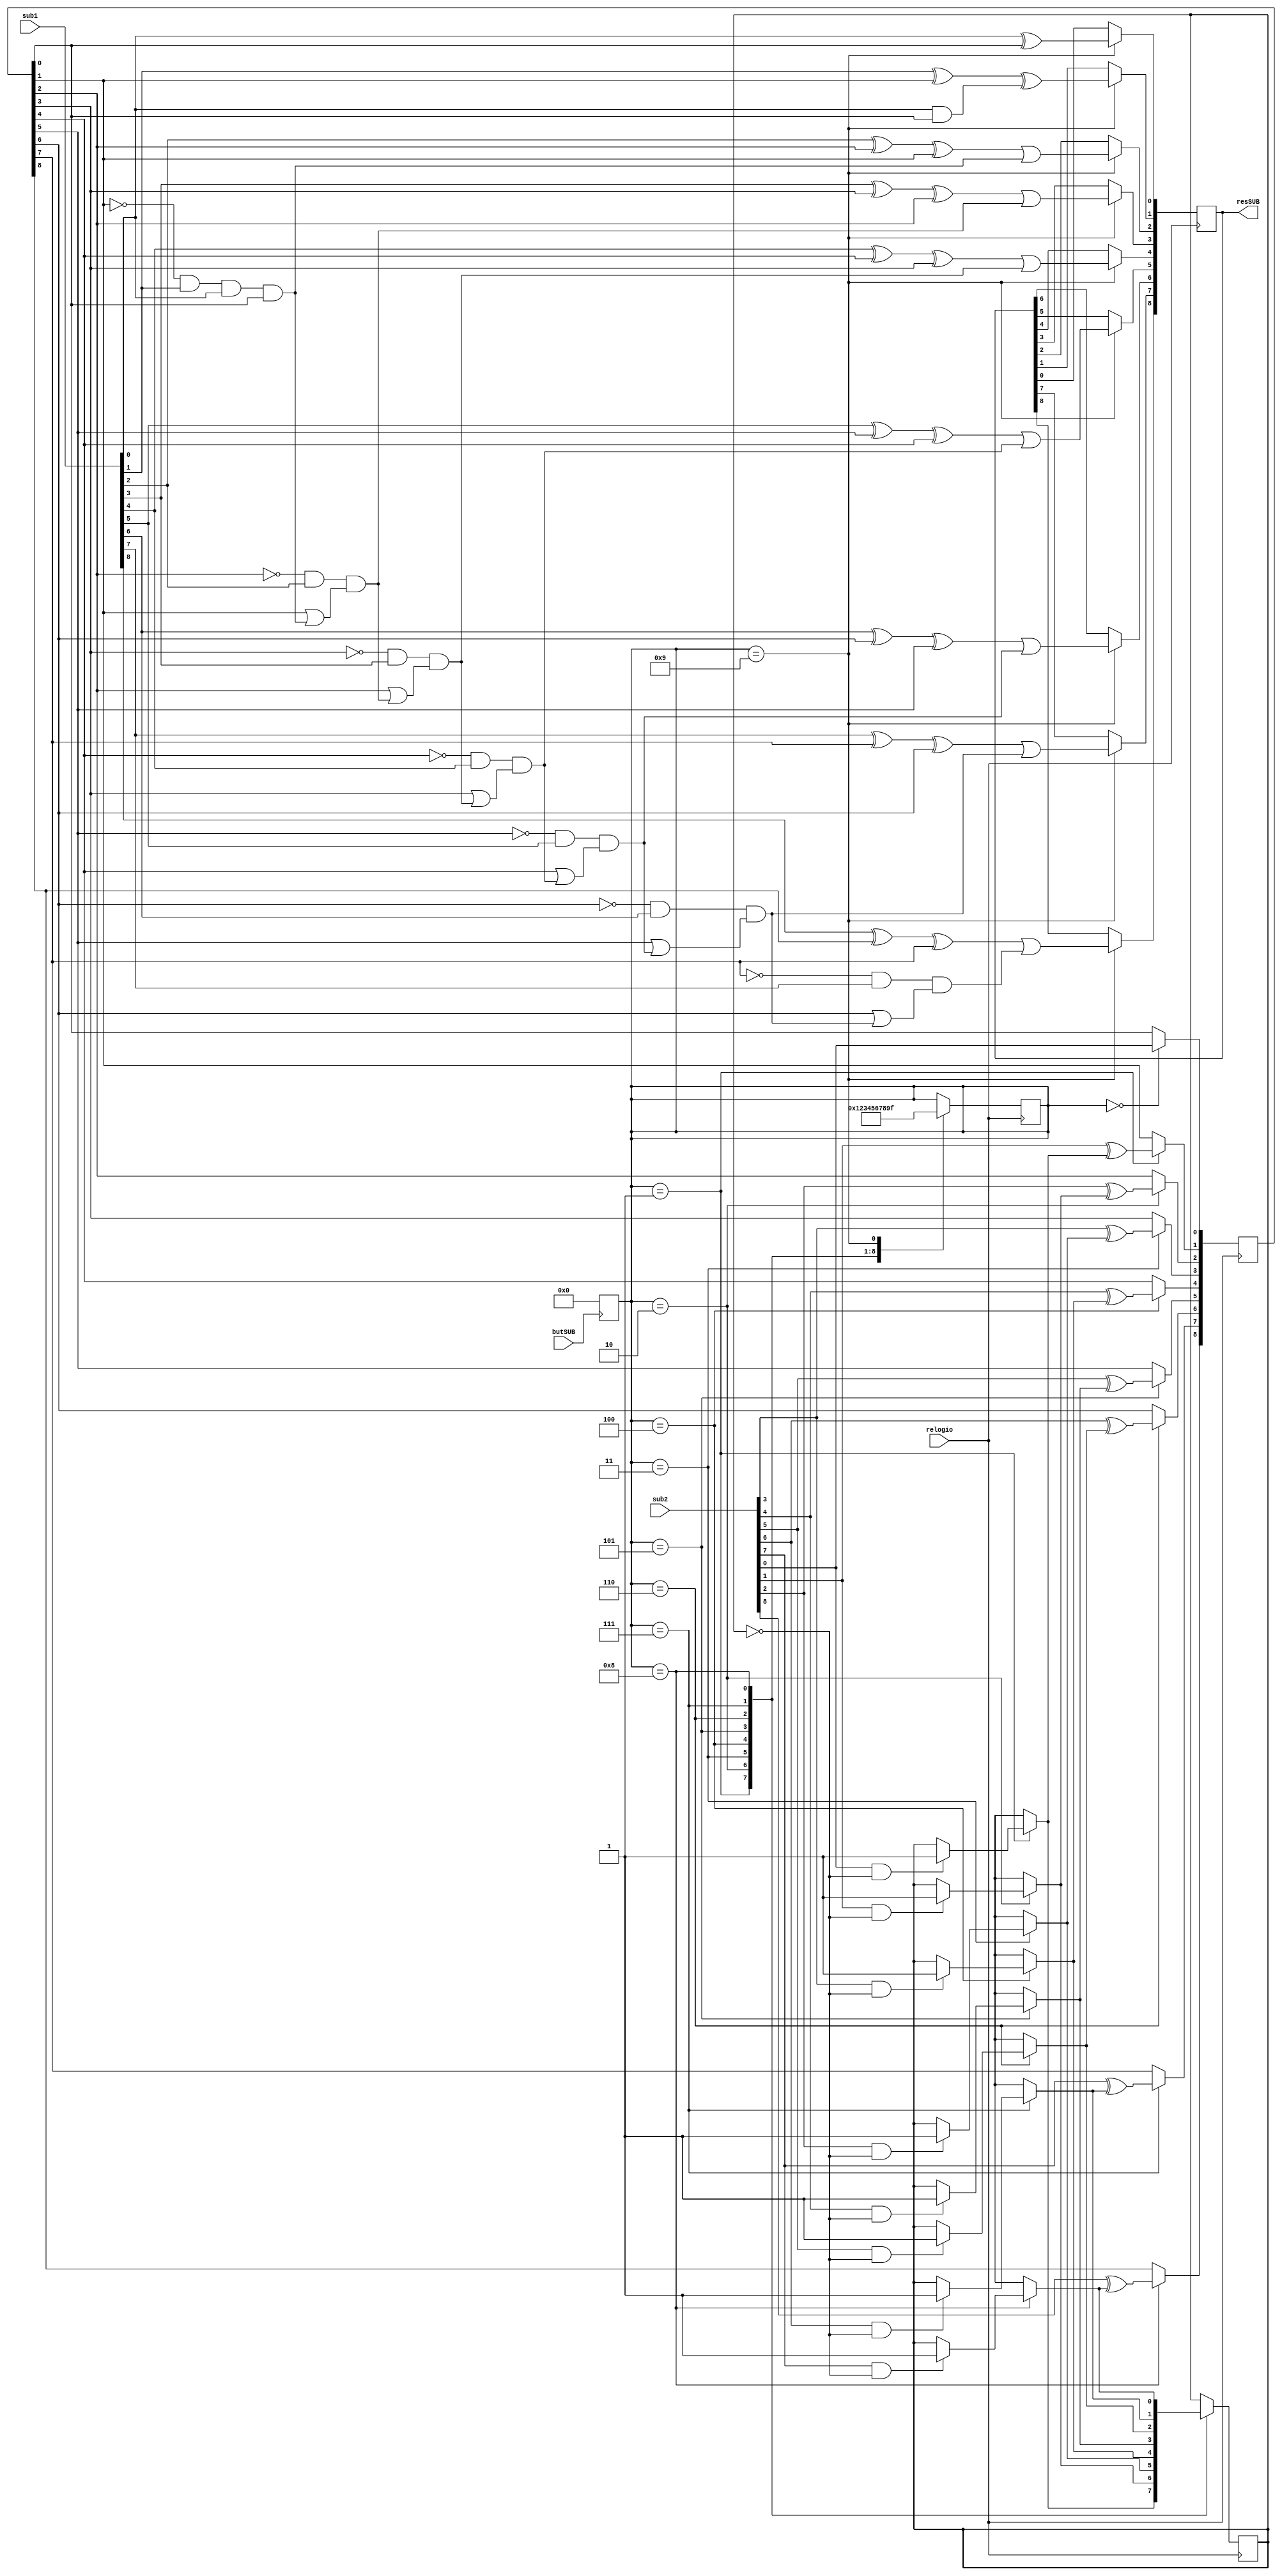
`timescale 1ns / 1ps
//////////////////////////////////////////////////////////////////////////////////
// Company: Caldeira & Silva Lda.
// 
// Design Name: 
// Module Name:    Subtraccao
// Project Name: Calculadora Simples
// Target Devices: 
// Tool versions: 
// Description: Modulo que efectua SUBTRACCAO de 2 binarios de 8 bits
// (+1 pendurado para evitar overflow) em Two's Complement
//
// Dependencies: 
//
// Revision: 
// Revision 0.01 - File Created
// Additional Comments: 
//
//////////////////////////////////////////////////////////////////////////////////
module Subtraction(sub1,sub2,butSUB,relogio,resSUB);

	input [8:0] sub1; 			//primeiro numero
	input [8:0] sub2; 			//segundo numero
	input butSUB; 					//botao de subtraccao
	input relogio;
	
	output [8:0] resSUB;			//resultado da subtraccao

	reg [8:0] resSUB;
	reg [8:0] bneg;
	
	parameter ha1true=1'b1;
	parameter ha1false=1'b0;
	
	reg ha1 = ha1false;

	parameter state0	= 4'b1111;
	parameter state1  = 4'b0000;
   parameter state2  = 4'b0001;
   parameter state3  = 4'b0010;
   parameter state4  = 4'b0011;
   parameter state5  = 4'b0100;
   parameter state6  = 4'b0101;
   parameter state7  = 4'b0110;
   parameter state8  = 4'b0111;
   parameter state9  = 4'b1000;
	parameter state10 = 4'b1001;

   reg [3:0] state = state0;	

	always @ (negedge butSUB)		//sempre que o botao subtraccao e' carregado
	begin

	state = state1;

	end
	
   always@(posedge relogio)
	begin

        case (state)
            state1 : begin

		bneg[0] = sub2[0];

		state = state2;
            end
            state2 : begin
				
		if (sub2[0] == 1'b1 & ha1 == ha1false)
		begin
	
		ha1 = ha1true;
		
		end
 
		bneg[1] = sub2[1] ^ ha1; //xor dos do bit e do ha1

		state = state3;		
            end
            state3 : begin
				
		if (sub2[1] == 1'b1 & ha1 == ha1false)
		begin
	
		ha1 = ha1true;
		
		end
 
		bneg[2] = sub2[2] ^ ha1; //xor dos do bit e do ha1

		state = state4;		
            end
            state4 : begin
				
		if (sub2[2] == 1'b1 & ha1 == ha1false)
		begin
	
		ha1 = ha1true;
		
		end
 
		bneg[3] = sub2[3] ^ ha1; //xor dos do bit e do ha1

		state = state5;		
            end
            state5 : begin
				
		if (sub2[3] == 1'b1 & ha1 == ha1false)
		begin
	
		ha1 = ha1true;
		
		end
 
		bneg[4] = sub2[4] ^ ha1; //xor dos do bit e do ha1

		state = state6;		
            end
            state6 : begin
				
		if (sub2[4] == 1'b1 & ha1 == ha1false)
		begin
	
		ha1 = ha1true;
		
		end
 
		bneg[5] = sub2[5] ^ ha1; //xor dos do bit e do ha1

		state = state7;		
            end
            state7 : begin
				
		if (sub2[5] == 1'b1 & ha1 == ha1false)
		begin
	
		ha1 = ha1true;
		
		end
 
		bneg[6] = sub2[6] ^ ha1; //xor dos do bit e do ha1

		state = state8;		
            end
            state8 : begin
				
		if (sub2[6] == 1'b1 & ha1 == ha1false)
		begin
	
		ha1 = ha1true;
		
		end
 
		bneg[7] = sub2[7] ^ ha1; //xor dos do bit e do ha1

		state = state9;		
            end
            state9 : begin
				
		if (sub2[7] == 1'b1 & ha1 == ha1false)
		begin
	
		ha1 = ha1true;
		
		end
 
		bneg[8] = sub2[8] ^ ha1; //xor dos do bit e do ha1

		state = state10;		
        end
            state10 : begin

   resSUB[0] = sub1[0] ^ bneg[0];
	resSUB[1] = sub1[1] ^ bneg[1] ^ sub1[0] & bneg[0];
   resSUB[2] = sub1[2] ^ bneg[2] ^ bneg[1] | ~bneg[1] & sub1[1] & sub1[0] & bneg[0];
   resSUB[3] = sub1[3] ^ bneg[3] ^ bneg[2] | ~bneg[2] & sub1[2] & (bneg[1] | ~bneg[1] & sub1[1] & sub1[0] & bneg[0]);
   resSUB[4] = sub1[4] ^ bneg[4] ^ bneg[3] | ~bneg[3] & sub1[3] & (bneg[2] | ~bneg[2] & sub1[2] & (bneg[1] | ~bneg[1] & sub1[1] & sub1[0] & bneg[0]));
   resSUB[5] = sub1[5] ^ bneg[5] ^ bneg[4] | ~bneg[4] & sub1[4] & (bneg[3] | ~bneg[3] & sub1[3] & (bneg[2] | ~bneg[2] & sub1[2] & (bneg[1] | ~bneg[1] & sub1[1] & sub1[0] & bneg[0])));
   resSUB[6] = sub1[6] ^ bneg[6] ^ bneg[5] | ~bneg[5] & sub1[5] & (bneg[4] | ~bneg[4] & sub1[4] & (bneg[3] | ~bneg[3] & sub1[3] & (bneg[2] | ~bneg[2] & sub1[2] & (bneg[1] | ~bneg[1] & sub1[1] & sub1[0] & bneg[0]))));
   resSUB[7] = sub1[7] ^ bneg[7] ^ bneg[6] | ~bneg[6] & sub1[6] & (bneg[5] | ~bneg[5] & sub1[5] & (bneg[4] | ~bneg[4] & sub1[4] & (bneg[3] | ~bneg[3] & sub1[3] & (bneg[2] | ~bneg[2] & sub1[2] & (bneg[1] | ~bneg[1] & sub1[1] & sub1[0] & bneg[0])))));
   resSUB[8] = sub1[8] ^ bneg[8] ^ bneg[7] | ~bneg[7] & sub1[7] & (bneg[6] | ~bneg[6] & sub1[6] & (bneg[5] | ~bneg[5] & sub1[5] & (bneg[4] | ~bneg[4] & sub1[4] & (bneg[3] | ~bneg[3] & sub1[3] & (bneg[2] | ~bneg[2] & sub1[2] & (bneg[1] | ~bneg[1] & sub1[1] & sub1[0] & bneg[0]))))));

		state = state0;		
        end
        
		  endcase
			end

endmodule